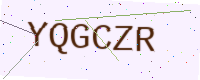
Text: YQGCZR